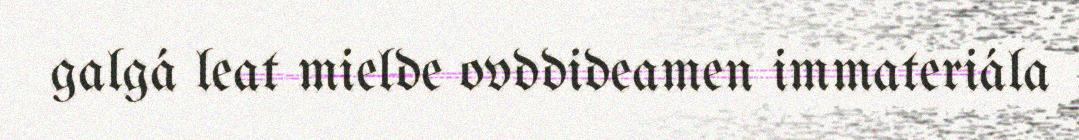
galgá leat mielde ovddideamen immateriála